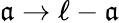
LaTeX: \mathfrak{a}\rightarrow\ell-\mathfrak{a}